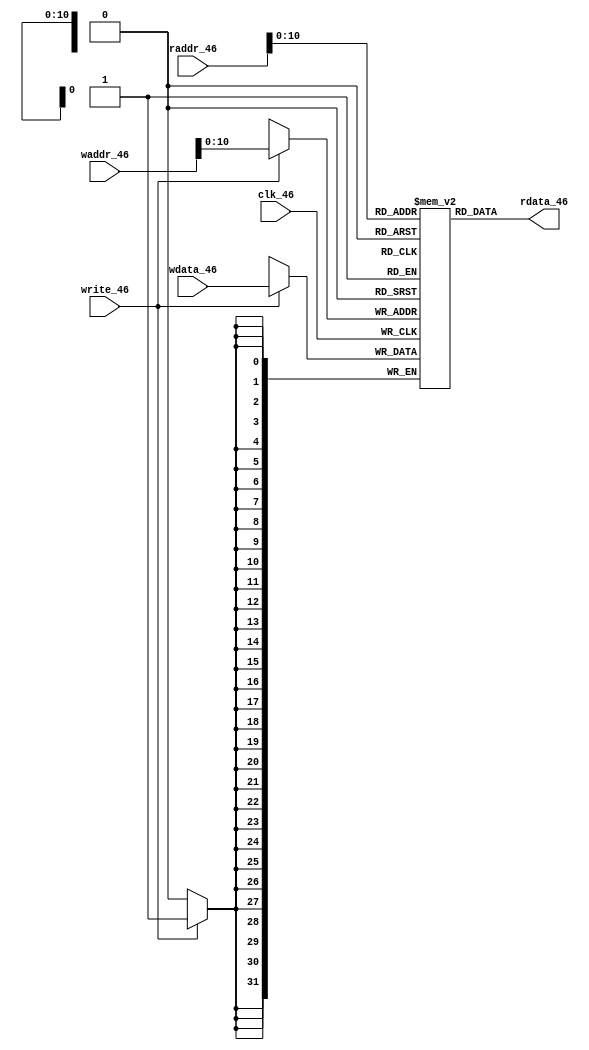
//Instruction memory
// Making instruction memory, where instruction will be store.
module ins_mem_46(input clk_46,input [31:0] waddr_46,
input [31:0] wdata_46, input write_46,
input [31:0] raddr_46, output [31:0] rdata_46);
reg [31:0] mem_46[0:2000];
reg [31:0] rdatax_46;
wire [31:0] w0,w1,w2;
initial
begin
	mem_46[0]	= 32'h0000003F; 
	mem_46[4] 	= 32'h0000003F; 
	mem_46[8] 	= 32'h00800684; 
	mem_46[12] 	= 32'h00C00F04; 
	mem_46[16] 	= 32'h01000204; 
	mem_46[20] 	= 32'h0000003F; 
	mem_46[24] 	= 32'h000A0031; 
	mem_46[28] 	= 32'h11800017; 
	mem_46[32] 	= 32'h19C00017; 
	mem_46[36] 	= 32'h0000003F; 
	mem_46[51] 	= 32'h39900027; 
	mem_46[44] 	= 32'h414A0031; 
	mem_46[48] 	= 32'h10800104; 
	mem_46[52] 	= 32'h18C00104; 
	mem_46[56] 	= 32'h2100005F; 
	mem_46[60] 	= 32'h01000716; 
	mem_46[64] 	= 32'h0000003F; 
	mem_46[68] 	= 32'h01510115; 
	mem_46[72] 	= 32'h00000106; 
end

assign rdata_46 = rdatax_46;

always @(*) 
begin
	rdatax_46 <= mem_46[raddr_46];
end

always @(posedge(clk_46)) 
begin
	if(write_46) begin
		mem_46[waddr_46]<=#2 wdata_46;
	end
end
endmodule